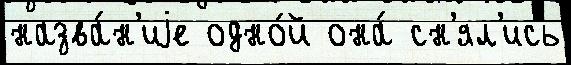
назва́н'иjе одно́й она́ сн'ял'ись